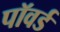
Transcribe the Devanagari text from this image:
पॉवर्ड